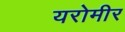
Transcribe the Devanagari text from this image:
यरोमीर